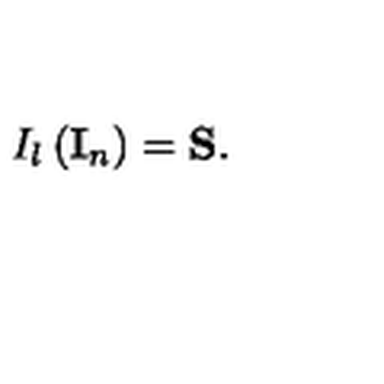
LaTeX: I _ { l } \left( { \bf I } _ { n } \right) = { \bf S . }